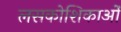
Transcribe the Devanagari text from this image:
लसकोशिकाओं